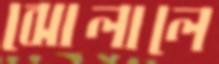
ঝোলালে